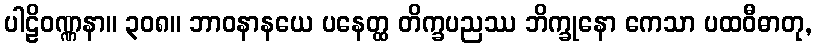
ပါဠိဝဏ္ဏနာ။ ၃၀၈။ ဘာဝနာနယေ ပနေတ္ထ တိက္ခပညဿ ဘိက္ခုနော ကေသာ ပထဝီဓာတု,